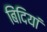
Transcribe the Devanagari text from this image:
बिंदियां